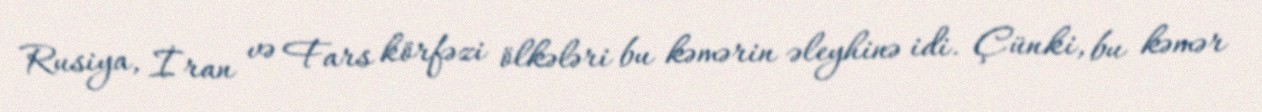
Rusiya, İran və Fars körfəzi ölkələri bu kəmərin əleyhinə idi. Çünki, bu kəmər